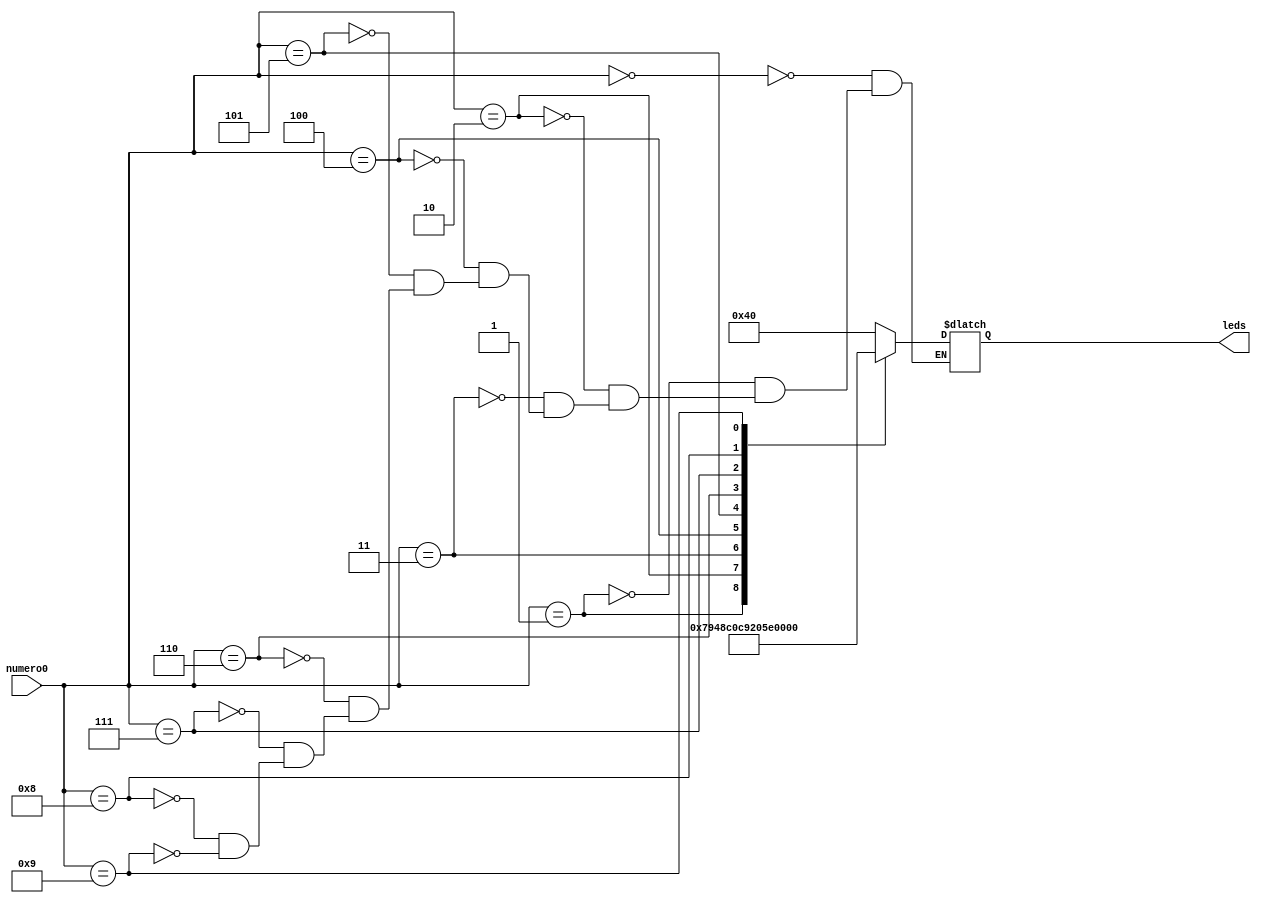
module decot(numero0,leds);
    output reg [6:0]leds;      
    input [3:0]numero0;
    always@(numero0)begin
        case(numero0)
            14'd0 : leds = 7'b1000000;
            14'd1 : leds = 7'b1111001;
            14'd2 : leds = 7'b0100100;
            14'd3 : leds = 7'b0110000;
            14'd4 : leds = 7'b0011001;
            14'd5 : leds = 7'b0010010;
            14'd6 : leds = 7'b0000010;
            14'd7 : leds = 7'b1111000;
            14'd8 : leds = 7'b0000000;
            14'd9 : leds = 7'b0010000;
        endcase
    end  
endmodule